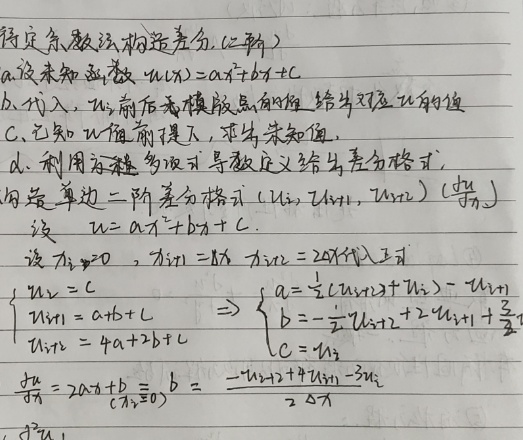
待定系数法构造差分（二阶）：
a. 设未知函数\(u(x)=ax^{2}+bx + c\)
b. 代入，以前后各模版点的\(x\)值，给出对应\(u\)的值
c. 已知\(u\)值前提下，求出未知值
d. 利用标准多项式导数定义给出差分格式。用最简单单边二阶差分格式\((u_i,u_{i + 1},u_{i+2})\)，\((\frac{du}{dx})\)设\(u = ax^{2}+bx + c\)。设\(x_i = 0\)，\(x_{i + 1}=\Delta x\)，\(x_{i+2}=2\Delta x\)代入上式
\(\begin{cases}u_i = c \\u_{i + 1}=a(\Delta x)^{2}+b\Delta x + c\\u_{i+2}=a(2\Delta x)^{2}+2b\Delta x + c\end{cases}\Rightarrow\begin{cases}a=\frac{1}{2}(u_{i+2}+u_{i}) - u_{i + 1}\\b=-\frac{1}{2}u_{i+2}+2u_{i + 1}-\frac{3}{2}u_{i}\\c = u_{i}\end{cases}\)
\(\frac{du}{dx}\overset{(x_i = 0)}{=}2ax + b \equiv b=\frac{-u_{i+2}+4u_{i + 1}-3u_{i}}{2\Delta x}\)